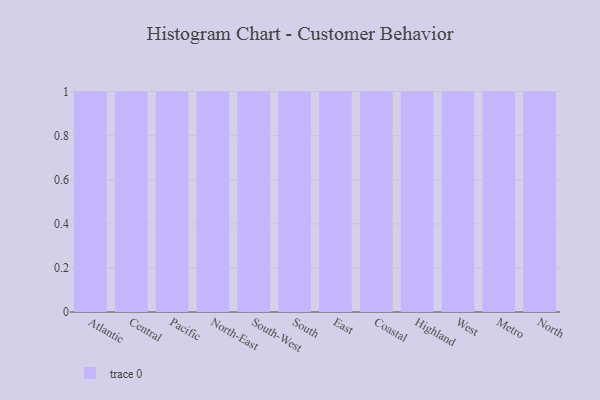
{"axis": {"x": "Region", "y": "Shipments"}, "legend": [""], "data": [{"x": "Atlantic", "y": 79, "type": ""}, {"x": "Central", "y": 10, "type": ""}, {"x": "Pacific", "y": 14, "type": ""}, {"x": "North-East", "y": 86, "type": ""}, {"x": "South-West", "y": 11, "type": ""}, {"x": "South", "y": 72, "type": ""}, {"x": "East", "y": 97, "type": ""}, {"x": "Coastal", "y": 51, "type": ""}, {"x": "Highland", "y": 98, "type": ""}, {"x": "West", "y": 98, "type": ""}, {"x": "Metro", "y": 74, "type": ""}, {"x": "North", "y": 45, "type": ""}]}